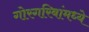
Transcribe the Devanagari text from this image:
गोरगरिबांमध्ये